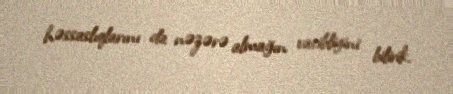
həssaslıqlarını da nəzərə almağın vacibliyini bilirik.